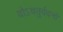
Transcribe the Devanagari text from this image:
योऽचतुर्वदनो